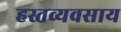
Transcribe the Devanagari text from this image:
हस्तव्यवसाय